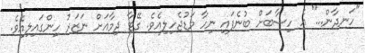
"ހަނދާން..." އެ ހިސާބަށް ބުނެފައި ނިހާ މަޑުޖެހިލިއެވެ. ގޭޓާ ދިމާއަށް ނަޒަރު ހިންގައިލިއެވެ.